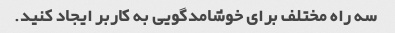
سه راه مختلف برای خوشامدگویی به کاربر ایجاد کنید.